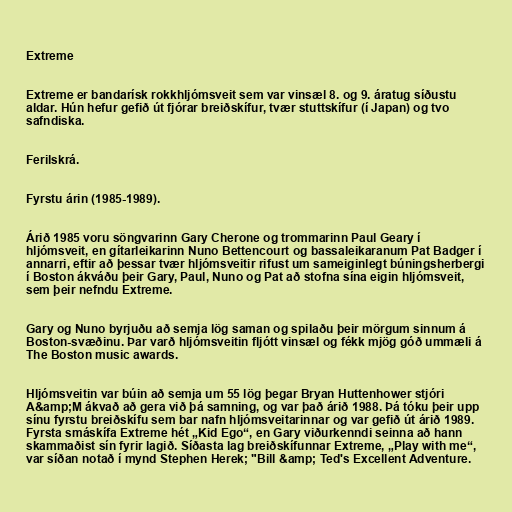
Extreme

Extreme er bandarísk rokkhljómsveit sem var vinsæl 8. og 9. áratug síðustu
aldar. Hún hefur gefið út fjórar breiðskífur, tvær stuttskífur (í Japan) og tvo
safndiska.

Ferilskrá.

Fyrstu árin (1985-1989).

Árið 1985 voru söngvarinn Gary Cherone og trommarinn Paul Geary í
hljómsveit, en gítarleikarinn Nuno Bettencourt og bassaleikaranum Pat Badger í
annarri, eftir að þessar tvær hljómsveitir rifust um sameiginlegt búningsherbergi
í Boston ákváðu þeir Gary, Paul, Nuno og Pat að stofna sína eigin hljómsveit,
sem þeir nefndu Extreme.

Gary og Nuno byrjuðu að semja lög saman og spilaðu þeir mörgum sinnum á
Boston-svæðinu. Þar varð hljómsveitin fljótt vinsæl og fékk mjög góð ummæli á
The Boston music awards.

Hljómsveitin var búin að semja um 55 lög þegar Bryan Huttenhower stjóri
A&amp;M ákvað að gera við þá samning, og var það árið 1988. Þá tóku þeir upp
sínu fyrstu breiðskífu sem bar nafn hljómsveitarinnar og var gefið út árið 1989.
Fyrsta smáskífa Extreme hét „Kid Ego“, en Gary viðurkenndi seinna að hann
skammaðist sín fyrir lagið. Síðasta lag breiðskífunnar Extreme, „Play with me“,
var síðan notað í mynd Stephen Herek; "Bill &amp; Ted's Excellent Adventure.